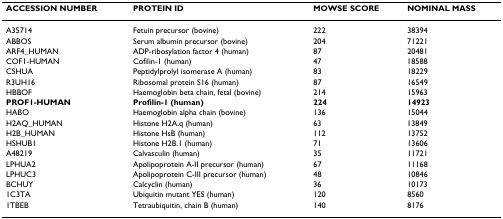
| ACCESSION NUMBER | PROTEIN ID | MOWSE SCORE | NOMINAL MASS |
 | --- | --- | --- | --- |
 | A35714 | Fetuin precursor (bovine) | 222 | 38394 |
 | ABBOS | Serum albumin precursor (bovine) | 204 | 71221 |
 | ARF4_HUMAN | ADP-ribosylation factor 4 (human) | 87 | 20481 |
 | COF1-HUMAN | Cofilin-1 (human) | 47 | 18588 |
 | CSHUA | Peptidylprolyl isomerase A (human) | 83 | 18229 |
 | R3UH16 | Ribosomal protein S16 (human) | 87 | 16549 |
 | HBBOF | Haemoglobin beta chain, fetal (bovine) | 214 | 15963 |
 | PROF1-HUMAN | Profilin-1 (human) | 224 | 14923 |
 | HABO | Haemoglobin alpha chain (bovine) | 136 | 15044 |
 | H2AQ_HUMAN | Histone H2A.q (human) | 63 | 13849 |
 | H2B_HUMAN | Histone HsB (human) | 112 | 13752 |
 | HSHUB1 | Histone H2B.1 (human) | 71 | 13606 |
 | A48219 | Calvasculin (human) | 35 | 11721 |
 | LPHUA2 | Apolipoprotein A-II precursor (human) | 67 | 11168 |
 | LPHUC3 | Apolipoprotein C-III precursor (human) | 48 | 10846 |
 | BCHUY | Calcyclin (human) | 36 | 10173 |
 | 1C3TA | Ubiquitin mutant YES (human) | 120 | 8560 |
 | 1TBEB | Tetraubiquitin, chain B (human) | 140 | 8176 |